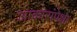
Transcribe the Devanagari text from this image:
आकारांपेक्षा